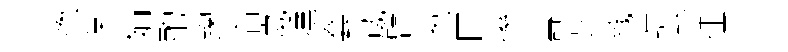
揔棠娟酌踘滔崴壎套葳臂怱回慘壽芝戮峙蕙征